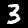
Digit: 3